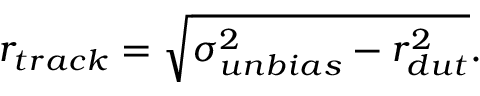
r _ { t r a c k } = \sqrt { \sigma _ { u n b i a s } ^ { 2 } - r _ { d u t } ^ { 2 } } .